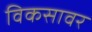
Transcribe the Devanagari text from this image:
विकसावर